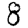
Digit: 8